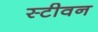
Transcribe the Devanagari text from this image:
स्‍टीवन